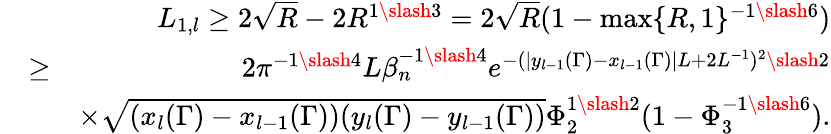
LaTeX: \begin{array}{rlr}&{}&{L_{1,l}\geq 2\sqrt{R}-2R^{1\slash 3}=2\sqrt{R}(1-\operatorname*{max}\{ R,1\} ^{-1\slash 6})}\\ &{\geq}&{2\pi^{-1\slash 4}L\beta_{n}^{-1\slash 4}e^{-(|y_{l-1}(\Gamma)-x_{l-1}(\Gamma)|L+2L^{-1})^{2}\slash 2}}\\ &{}&{\times\sqrt{(x_{l}(\Gamma)-x_{l-1}(\Gamma))(y_{l}(\Gamma)-y_{l-1}(\Gamma))}\Phi_{2}^{1\slash 2}(1-\Phi_{3}^{-1\slash 6}).}\end{array}